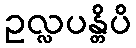
ဥလ္လပန္တိပိ